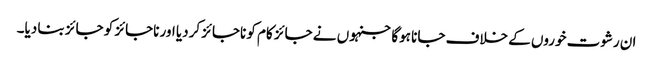
ان رشوت خوروں کے خلاف جانا ہوگا جنہوں نے جائز کام کو ناجائز کردیا اور ناجائز کو جائز بنا دیا۔